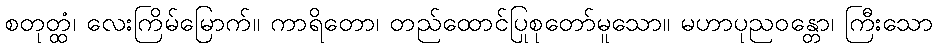
စတုတ္ထံ၊ လေးကြိမ်မြောက်။ ကာရိတော၊ တည်ထောင်ပြုစုတော်မူသော။ မဟာပုညဝန္တော၊ ကြီးသော